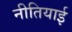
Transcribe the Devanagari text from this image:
नीतियाई